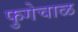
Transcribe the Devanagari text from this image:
फुगेचाळ